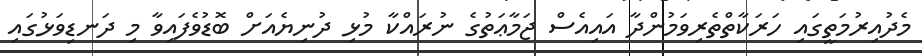
މެދުއިރުމަތީގައި ހަރަކާތްތެރިވަމުންދާ އައިއެސް ޖަމާޢަތުގެ ނުރައްކާ މުޅި ދުނިޔެއަށް ބޮޑުވެފައިވާ މި ދަނޑިވަޅުގައި